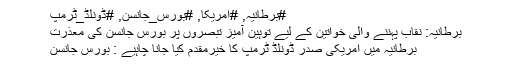
#برطانیہ, #امریکا, #بورس_جانسن, #ڈونلڈ_ٹرمپ
برطانیہ: نقاب پہننے والی خواتین کے لیے توہین آمیز تبصروں پر بورس جانسن کی معذرت
برطانیہ میں امریکی صدر ڈونلڈ ٹرمپ کا خیرمقدم کیا جانا چاہیے : بورس جانسن